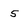
Character: 5